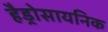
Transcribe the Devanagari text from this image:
हैड्रोसायनिक